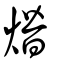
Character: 熸